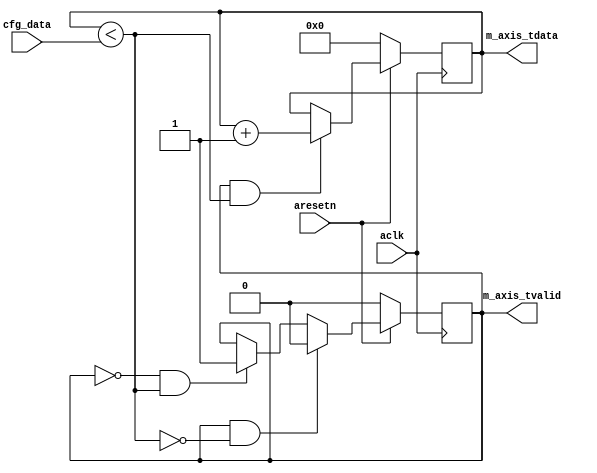

`timescale 1 ns / 1 ps

module axis_counter #
(
  parameter integer AXIS_TDATA_WIDTH = 32,
  parameter integer CNTR_WIDTH = 32
)
(
  // System signals
  input  wire                        aclk,
  input  wire                        aresetn,

  input  wire [CNTR_WIDTH-1:0]       cfg_data,

  // Master side
  output wire [AXIS_TDATA_WIDTH-1:0] m_axis_tdata,
  output wire                        m_axis_tvalid
);

  reg [CNTR_WIDTH-1:0] int_cntr_reg, int_cntr_next;
  reg int_enbl_reg, int_enbl_next;

  wire int_comp_wire;

  always @(posedge aclk)
  begin
    if(~aresetn)
    begin
      int_cntr_reg <= {(CNTR_WIDTH){1'b0}};
      int_enbl_reg <= 1'b0;
    end
    else
    begin
      int_cntr_reg <= int_cntr_next;
      int_enbl_reg <= int_enbl_next;
    end
  end

  assign int_comp_wire = int_cntr_reg < cfg_data;

  always @*
  begin
    int_cntr_next = int_cntr_reg;
    int_enbl_next = int_enbl_reg;

    if(~int_enbl_reg & int_comp_wire)
    begin
      int_enbl_next = 1'b1;
    end

    if(int_enbl_reg & int_comp_wire)
    begin
      int_cntr_next = int_cntr_reg + 1'b1;
    end

    if(int_enbl_reg & ~int_comp_wire)
    begin
      int_enbl_next = 1'b0;
    end
  end

  assign m_axis_tdata = {{(AXIS_TDATA_WIDTH-CNTR_WIDTH){1'b0}}, int_cntr_reg};
  assign m_axis_tvalid = int_enbl_reg;

endmodule